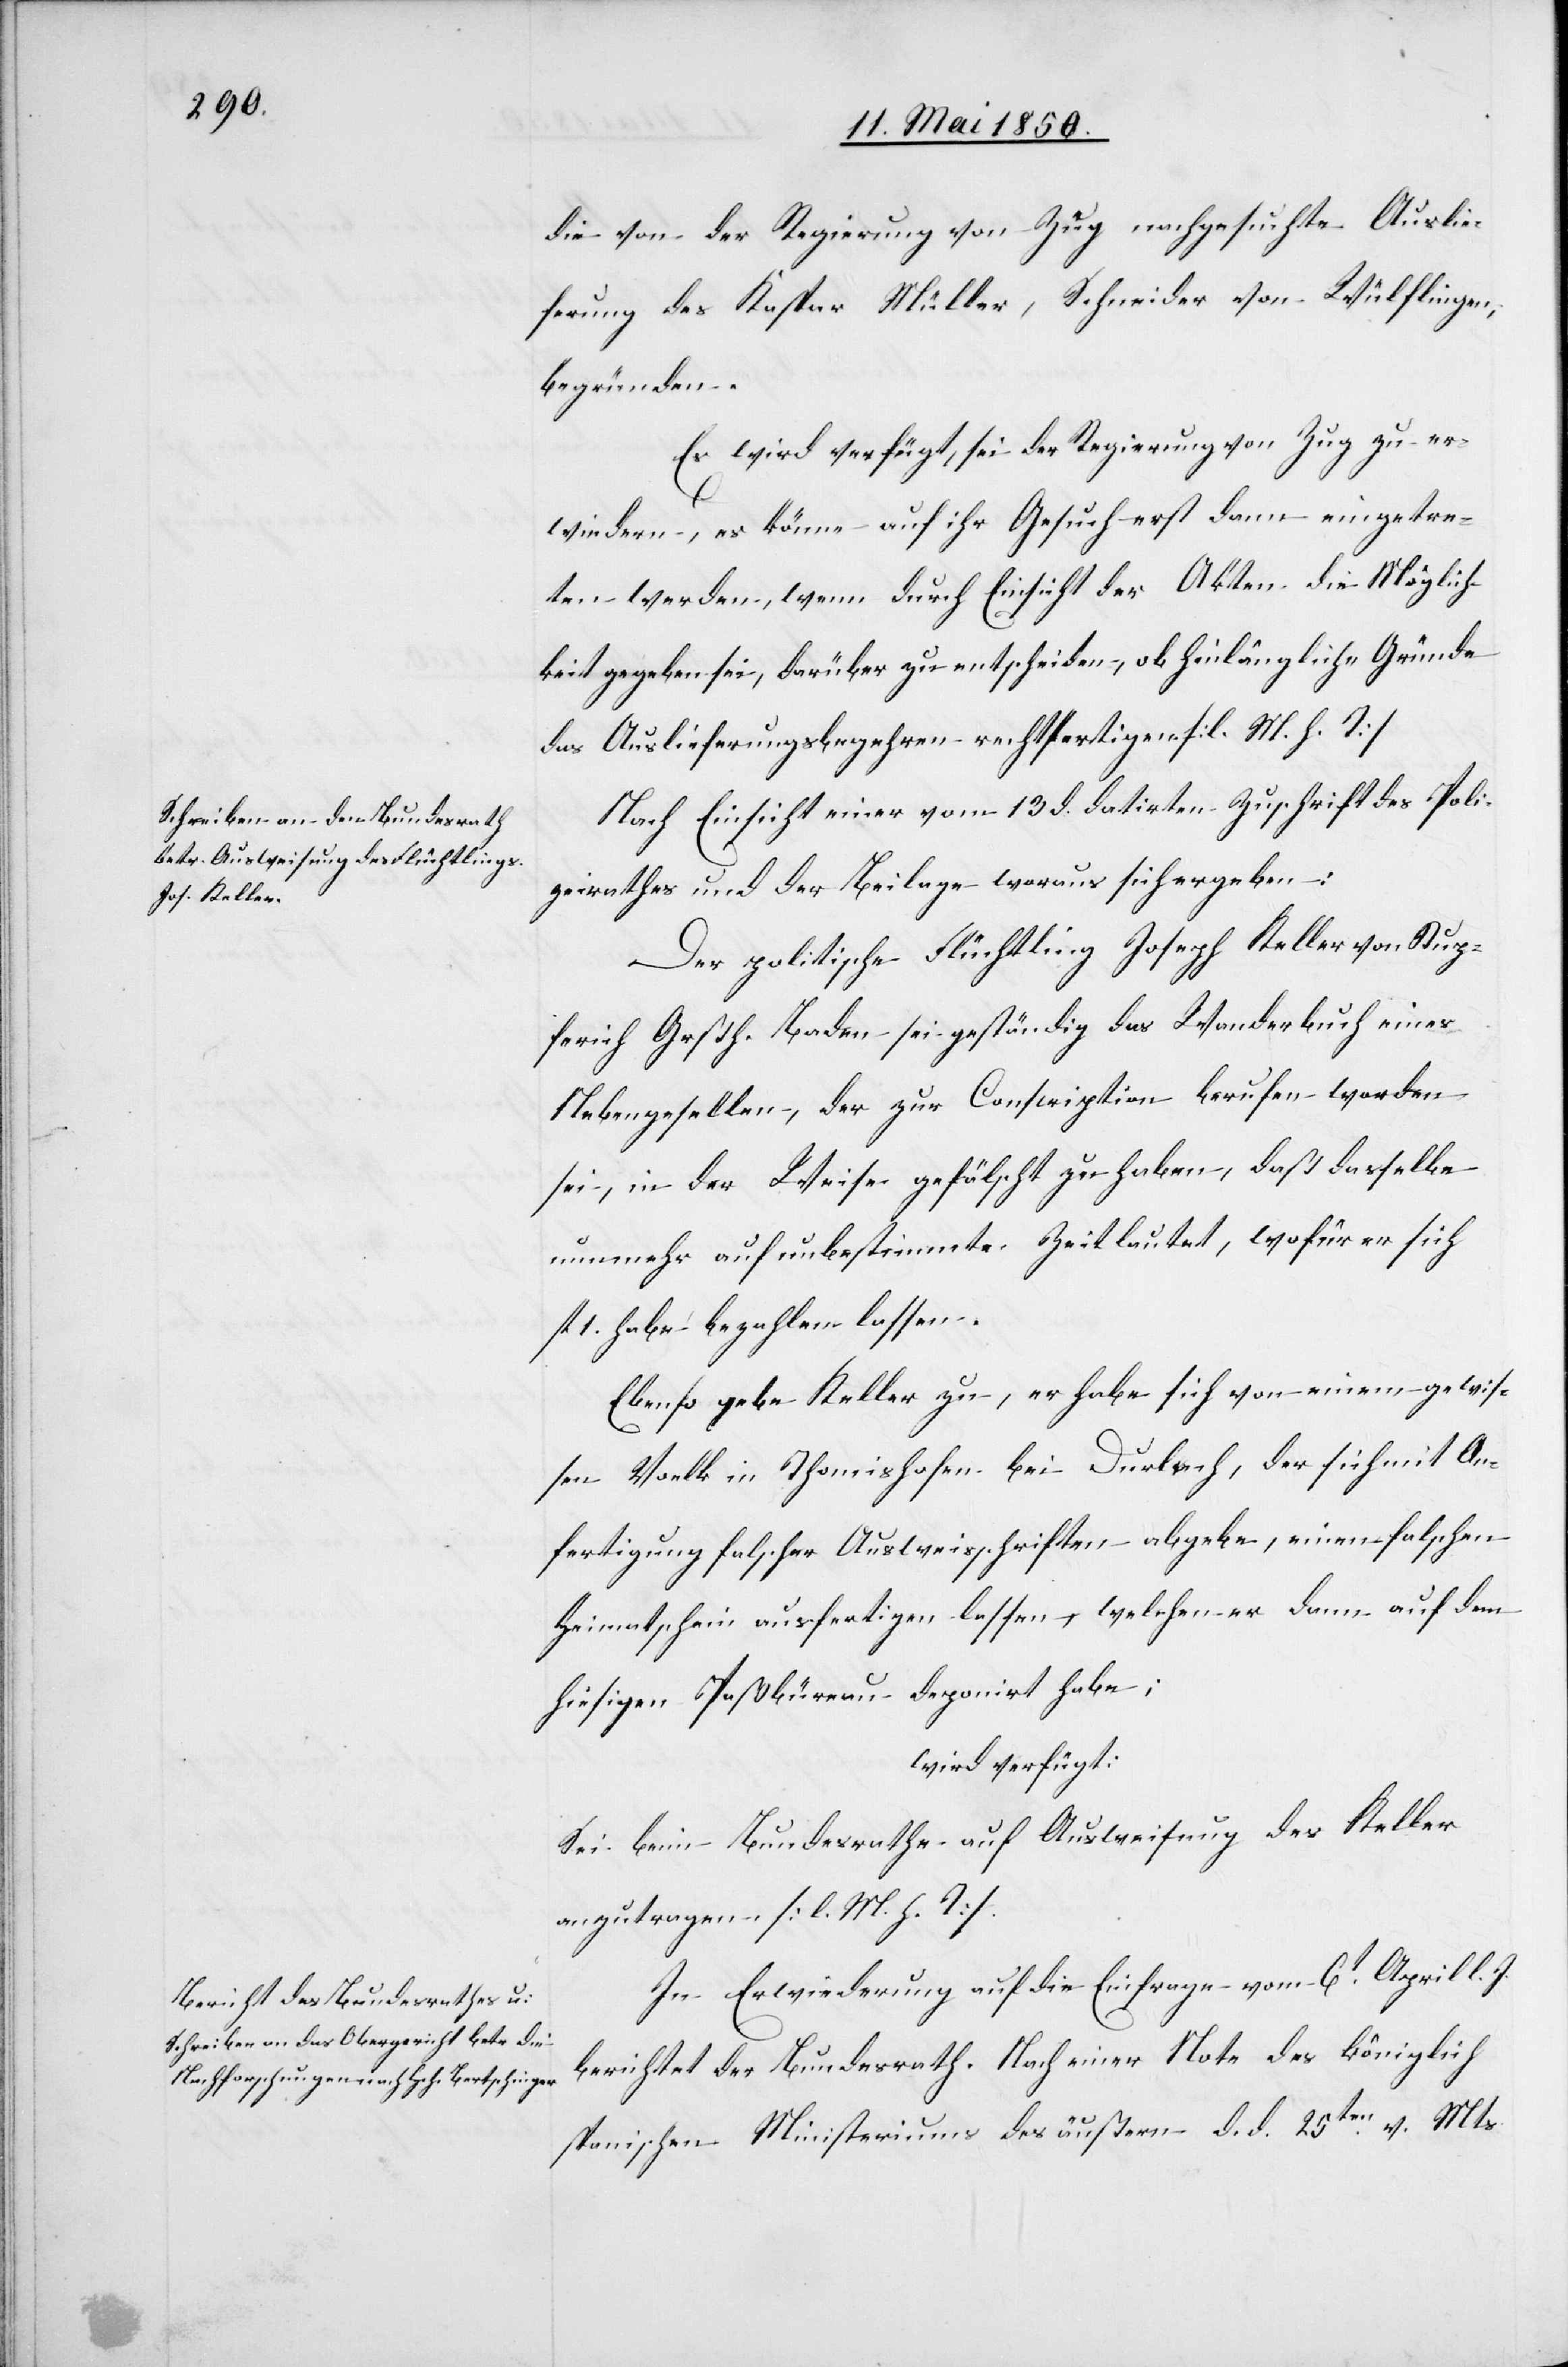
14t Mai 1850.]
die von der Regierung von Zug nachgesuchte Auslie¬
ferung des Kaspar Müller, Schneider von Wülflingen,
begründen.
Es wird verfügt, sei der Regierung von Zug zu er¬
wiedern, es könne auf ihr Gesuch erst dann eingetre¬
ten werden, wenn durch Einsicht der Akten die Möglich¬
keit gegeben sei, darüber zu entscheiden, ob hinlängliche Gründe
das Auslieferungsbegehren rechtfertigen. [l. M. h. T]
Nach Einsicht einer vom 13 d. datirten Zuschrift des Poli¬
zeirathes und der Beilage woraus sich ergeben:
Der politische Flüchtling Joseph Keller von Stup¬
ferich Grßh. Baden sei geständig das Wanderbuch eines
Nebengesellen, der zur Conscription berufen worden
sei, in der Weise gefälscht zu haben, daß dasselbe
nunmehr auf unbestimmte Zeit lautet, wofür er sich
fl 1. habe bezahlen lassen.
Ebenso gebe Keller zu, er habe sich von einem gewis¬
sen Voelk in Thomishofen bei Durlach, der sich mit An¬
fertigung falscher Ausweisschriften abgebe, einen falschen
Heimatschein ausfertigen lassen, welchen er dann auf dem
hiesigen Paßbüreau deponirt habe;
wird verfügt:
Sei beim Bundesrathe auf Ausweisung des Keller
anzutragen. [l. M. h. T].
In Erwiederung auf die Einfrage vom 6t April l. J.
berichtet der Bundesrath. Nach einer Note des königlich
spanischen Ministeriums des äußern d. d. 25ten v. Mts.